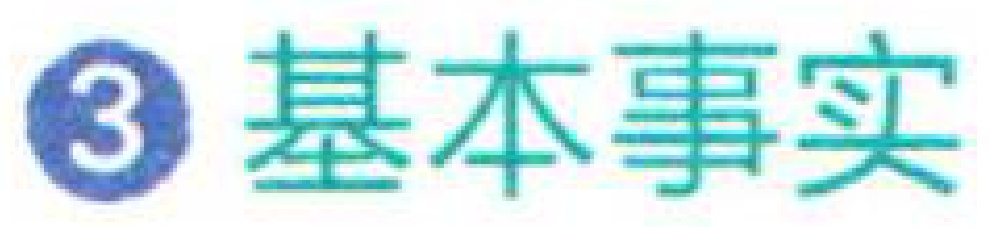
\textcircled{3} 基本事实